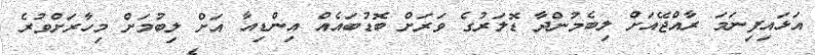
އަޅައިފިނަމަ ރާއްޖޭއަށް ލިބެމުންދާ ޑޮލަރުގެ ވަރަށް ބޮޑުބައެއް އިންޑިއާ އަށް ލިބުމަށް މިހާރަށްވުރެ